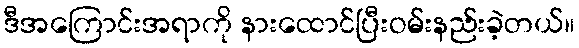
ဒီအကြောင်းအရာကို နားထောင်ပြီးဝမ်းနည်းခဲ့တယ်။